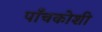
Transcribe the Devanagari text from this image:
पाँचकोशी